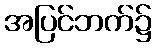
အပြင်ဘက်၌